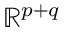
\mathbb { R } ^ { p + q }